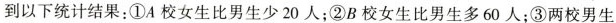
到以下统计结果：①A校女生比男生少20人；②B校女生比男生多60人；③两校男生